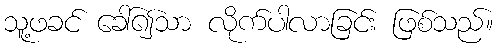
သူ့ဖခင် ခေါ်၍သာ လိုက်ပါလာခြင်း ဖြစ်သည်။